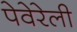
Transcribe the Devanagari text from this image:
पेवेरेली